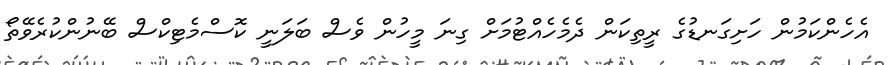
އެހެންކަމުން ހަށިގަނޑުގެ ރީތިކަން ދެމެހެއްޓުމަށް ގިނަ މީހުން ވެސް ބަލަނީ ކޮސްމެޓިކްސް ބޭނުންކުރެވޭތޯ